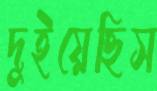
দুইয়েছিস